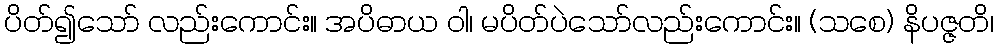
ပိတ်၍သော် လည်းကောင်း။ အပိဓာယ ဝါ၊ မပိတ်ပဲသော်လည်းကောင်း။ (သစေ) နိပဇ္ဇတိ၊